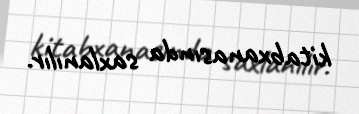
kitabxanasında saxlanılır.